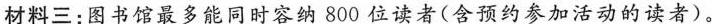
材料三：图书馆最多能同时容纳800位读者(含预约参加活动的读者)。